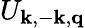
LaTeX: U_{\mathbf{k},-\mathbf{k},\mathbf{q}}